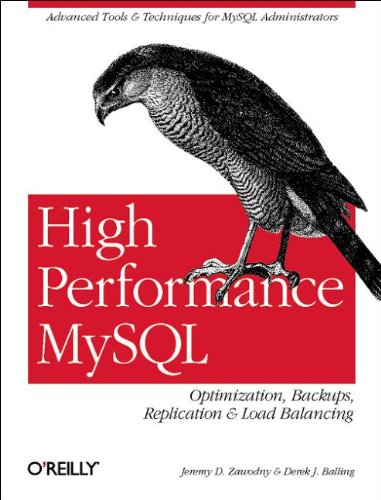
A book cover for High Performance MySQL; Jeremy D. Zawodny; Computers & Technology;